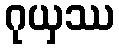
ဂုယှဿ